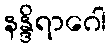
နန္ဒိရာဂေါ